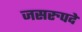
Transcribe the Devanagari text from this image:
जसरुपदे